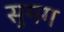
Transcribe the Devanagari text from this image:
सुमग